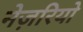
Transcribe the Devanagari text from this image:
नेज़रियो